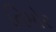
તિમોર